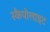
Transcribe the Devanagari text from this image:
स्कैपोलाइट